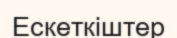
Ескеткіштер